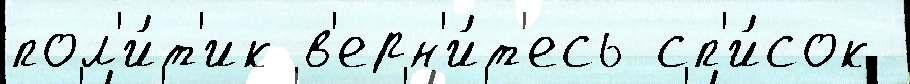
пол'и́т'ик в'ерн'и́т'есь сп'и́сок